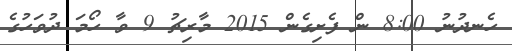
ހެނދުނު 8:00 ން ފެށިގެން 2015 މާރިޗު 9 ވާ ހޯމަ ދުވަހުގެ